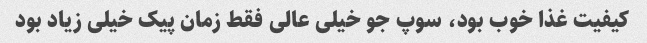
کیفیت غذا خوب بود، سوپ جو خیلی عالی فقط زمان پیک خیلی زیاد بود